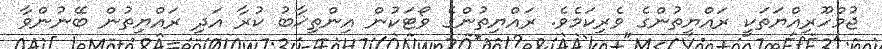
ޖުމްހޫރިއްޔަތަކީ ރައްޔިތުންގެ ވެރިކަމެވެ. ރައްޔިތުންގެ ވޯޓަކުން އިންތިޚާބު ކުރާ އަދި ރައްޔިތުން ބޭނުންވާ